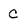
Character: C